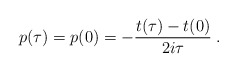
\begin{align*}p(\tau)=p(0)=-{t(\tau)-t(0)\over 2i\tau}\; .\end{align*}